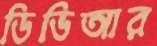
ডিডিআর